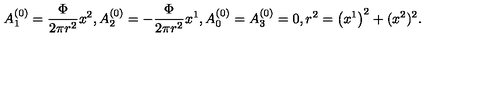
A _ { 1 } ^ { \left( 0 \right) } = { \frac { { \Phi } } { { 2 \pi r ^ { 2 } } } } x ^ { 2 } , A _ { 2 } ^ { \left( 0 \right) } = - { \frac { { \Phi } } { { 2 \pi r ^ { 2 } } } } x ^ { 1 } , A _ { 0 } ^ { \left( 0 \right) } = A _ { 3 } ^ { \left( 0 \right) } = 0 , r ^ { 2 } = \left( x ^ { 1 } \right) ^ { 2 } + ( x ^ { 2 } ) ^ { 2 } .